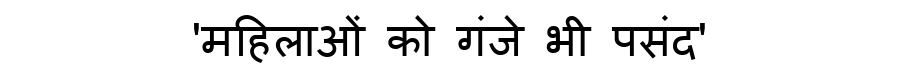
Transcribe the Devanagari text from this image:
'महिलाओं को गंजे भी पसंद'